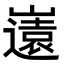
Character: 𭗤